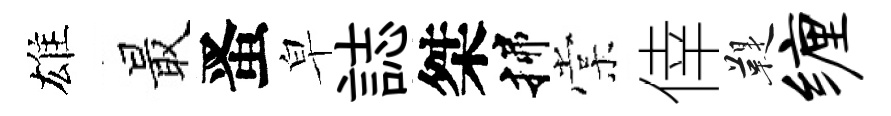
雄最󱉠皁誌桀揲棠倖鞮缠